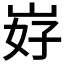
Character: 𱛧